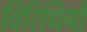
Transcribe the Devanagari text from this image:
विरिधियों